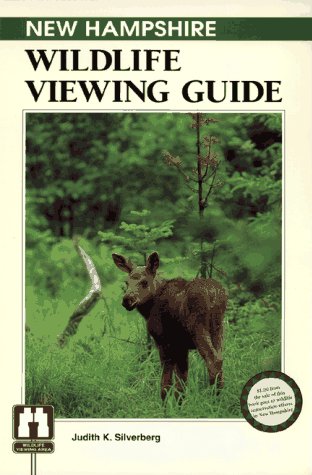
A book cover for New Hampshire Wildlife Viewing Guide (Wildlife Viewing Guides Series); Judith K. Silverberg; Travel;